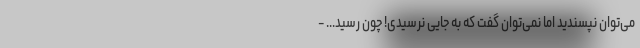
می‌توان نپسندید اما نمی‌توان گفت که به جایی نرسیدی! چون رسید... -